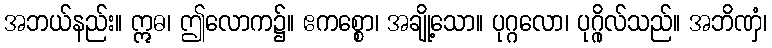
အဘယ်နည်း။ ဣဓ၊ ဤလောက၌။ ဧကစ္စော၊ အချို့သော။ ပုဂ္ဂလော၊ ပုဂ္ဂိုလ်သည်။ အဘိဏှံ၊